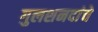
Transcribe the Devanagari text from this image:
गुलशनदांचे